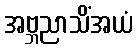
အဗ္ဘညာသိံအယံ